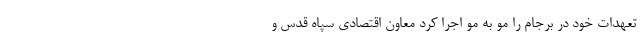
تعهدات خود در برجام را مو به مو اجرا کرد معاون اقتصادی سپاه قدس و